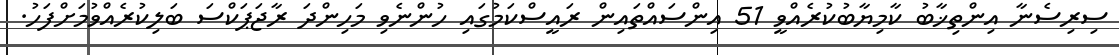
ސިރިސެނާ އިންތިޚާބު ކާމިޔާބުކުރެއްވީ 51 އިންސައްތައިން ރައީސްކަމުގައި ހުންނެވި މަހިންދަ ރާޖަޕަކްސަ ބަލިކުރެއްވުމަށްފަހު.